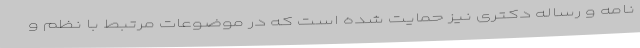
نامه و رساله دکتری نیز حمایت شده است که در موضوعات مرتبط با نظم و